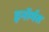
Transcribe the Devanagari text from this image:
इनॉर्मस